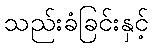
သည်းခံခြင်းနှင့်